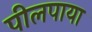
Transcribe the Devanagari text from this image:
पीलपाया